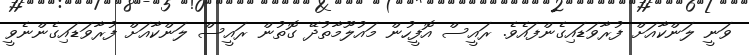
ވަނީ ލަންކާއަށް ފުރާވަޑައިގެންފައެވެ. ރައީސް އޮފީހުން މައުލޫމާތުދޭ ގޮތުން ރައީސް ލަންކާއަށް ފުރާވަޑައިގެންނެވީ